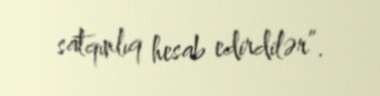
satqınlıq hesab edirdilər”.